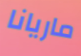
ماريانا